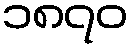
၁၈၇၀